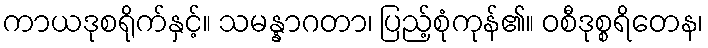
ကာယဒုစရိုက်နှင့်။ သမန္နာဂတာ၊ ပြည့်စုံကုန်၏။ ဝစီဒုစ္စရိတေန၊